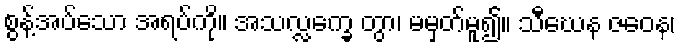
စွန့်အပ်သော အရပ်ကို။ အသလ္လက္ခေ တွာ၊ မမှတ်မူ၍။ သီဃေန ဇဝေန၊